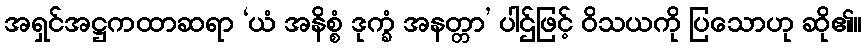
အရှင်အဋ္ဌကထာဆရာ ‘ယံ အနိစ္စံ ဒုက္ခံ အနတ္တာ’ ပါဌ်ဖြင့် ဝိသယကို ပြသောဟု ဆို၏။